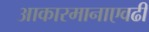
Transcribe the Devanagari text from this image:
आकारमानाएवढी